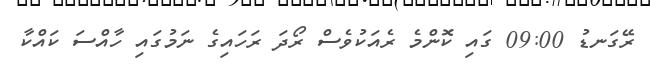
ރޭގަނޑު 09:00 ގައި ކޮންމެ ރެއަކުވެސް ރޯދަ ރަހައިގެ ނަމުގައި ހާއްސަ ކައްކާ